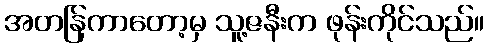
အတန်ြကာတော့မှ သူ့ဇနီးက ဖုန်းကိုင်သည်။